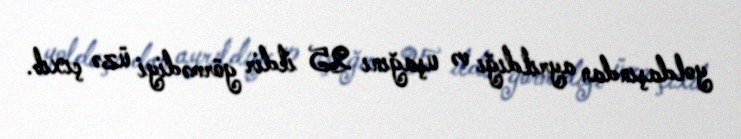
yoldaşından ayrıldığı və uşağını 25 ildir görmədiyi üzə çıxıb.